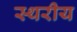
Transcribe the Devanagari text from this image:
स्थरीय